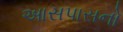
આસપાસનો